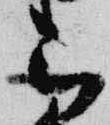
被